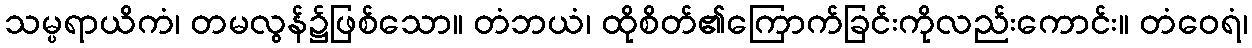
သမ္ပရာယိကံ၊ တမလွန်၌ဖြစ်သော။ တံဘယံ၊ ထိုစိတ်၏ကြောက်ခြင်းကိုလည်းကောင်း။ တံဝေရံ၊